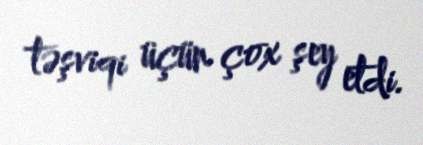
təşviqi üçün çox şey etdi.